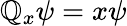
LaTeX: \mathbb{Q}_{x}\psi=x\psi